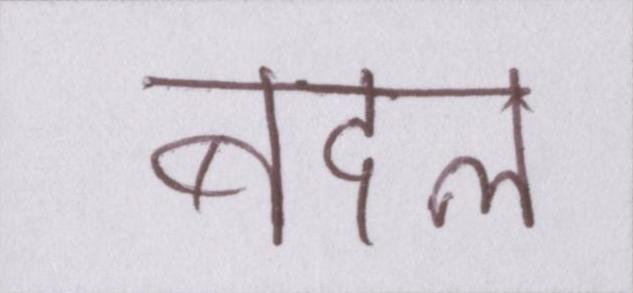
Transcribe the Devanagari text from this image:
बदल